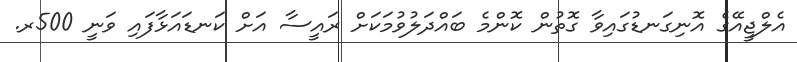
އެލްޖީއޭގެ އޮނިގަނޑުގައިވާ ގޮތުން ކޮންމެ ބައްދަލުވުމަކަށް ރައީސާ އަށް ކަނޑައަޅާފައި ވަނީ 500ރ.